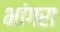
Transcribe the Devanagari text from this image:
भांगरा